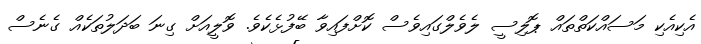
އެކިއެކި މަސައްކަތްތައް ޕޮލިސީ ލެވެލްގައިވެސް ކޮށްފައިވާ ބޭފުޅެކެވެ. ވޮލީއަށް ގިނަ ބަދަލުތަކެއް ގެނެސް